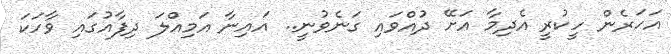
އަހަރެން ހީކުރީ އެދިމާ އަށޭ ދުއްވައި ގަނެވުނީ.. އައިނާ އަމިއްލަ ދިފާއުގައި ވާހަކަ